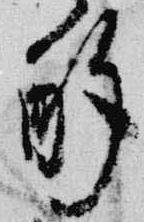
酌